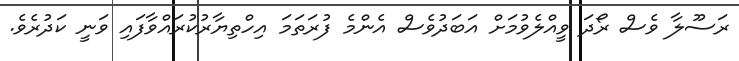
ރަސޫލާ ވެސް ރޯދަ ވީއްލެވުމަށް އަބަދުވެސް އެންމެ ފުރަތަމަ އިހްތިޔާރުކުރައްވާފައި ވަނީ ކަދުރެވެ.